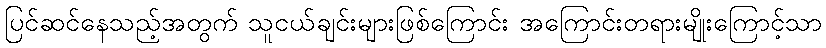
ပြင်ဆင်နေသည့်အတွက် သူငယ်ချင်းများဖြစ်ကြောင်း အကြောင်းတရားမျိုးကြောင့်သာ